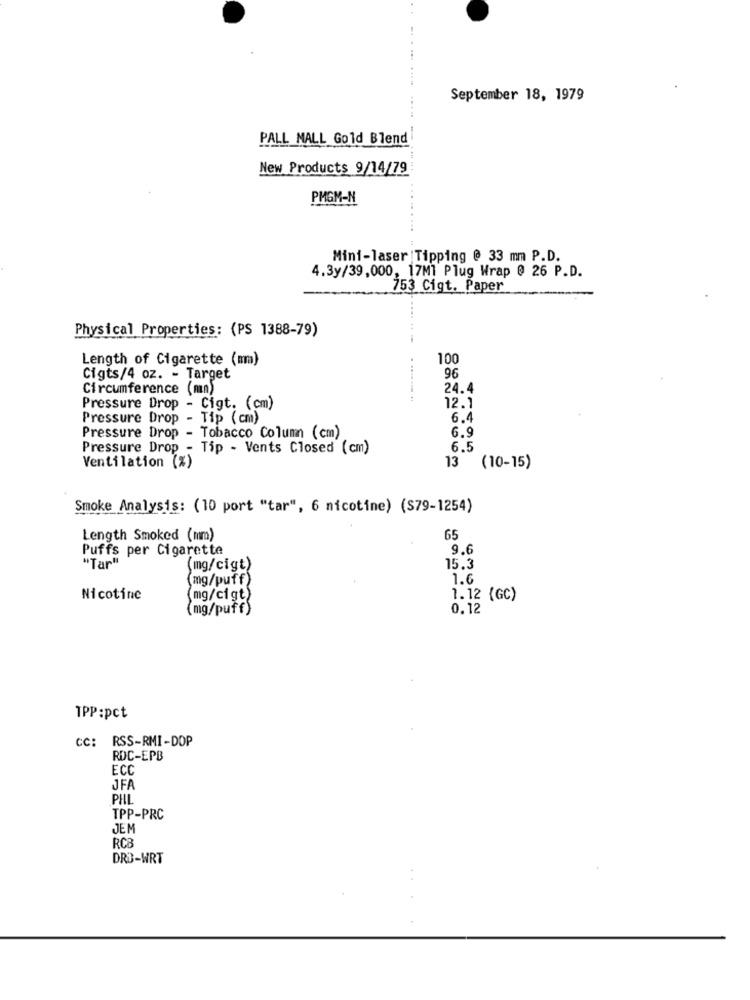
September 18, 1979
PALL MALL Gold Blend
New Products 9/14/79
PMGM-N
Mini-laser |Tipping @ 33 mm P.D.
4.3y/39,000, 17Ml Plug Wrap @ 26 P.D.
753 Cigt. Paper
Physical Properties: (PS 1388-79)
Length of Cigarette (mm)
100
96
Cigts/4 oz. - Target
Circumference (mn)
24.4
12.1
Pressure Drop - Cigt. (cm)
Pressure Drop - Tip (cm)
6.4
Pressure Drop - Tobacco Column (cm)
6.9
Pressure Drop - Tip - Vents Closed (cm)
6.5
Ventilation (%)
13 (10-15)
Smoke Analysis: (10 port "tar", 6 nicotine) ($79-1254)
Length Smoked (mm)
65
Puffs per Cigarette
9.6
" Tar"
(mg/cigt)
15.3
(mg/puff)
1.6
Nicotine
(mg/cigt)
1.12 {GC)
(mg/puff)
0.12
TPP:pct
CC: RSS-RMI-DOP
RDC-EPB
ECC
JFA
PHIL
TPP-PRC
JEM
RC8
DRO-WRT